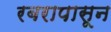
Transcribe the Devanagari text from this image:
रबरापासून